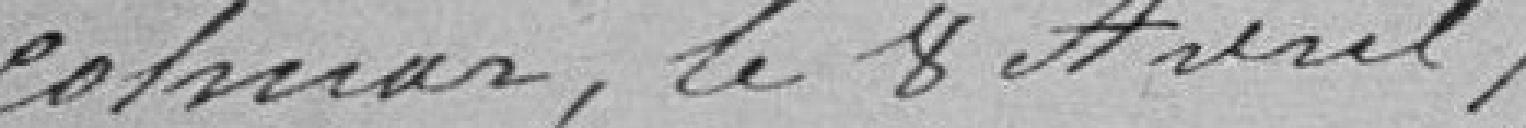
Colmar, le 8 avril 1857